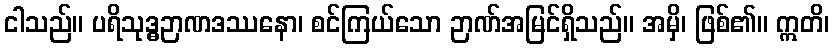
ငါသည်။ ပရိသုဒ္ဓဉာဏဒဿနော၊ စင်ကြယ်သော ဉာဏ်အမြင်ရှိသည်။ အမှိ၊ ဖြစ်၏။ ဣတိ၊